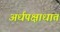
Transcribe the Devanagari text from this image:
अर्धपक्षाधात